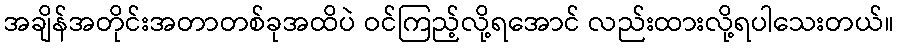
အချိန်အတိုင်းအတာတစ်ခုအထိပဲ ဝင်ကြည့်လို့ရအောင် လည်းထားလို့ရပါသေးတယ်။